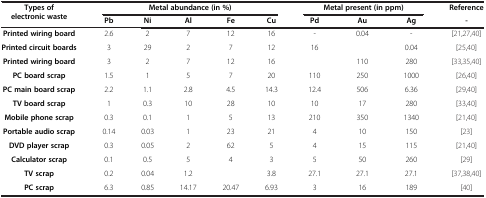
<table><thead><tr><td rowspan="2"><b>Types of electronic waste</b></td><td colspan="5"><b>Metal abundance (in %)</b></td><td colspan="3"><b>Metal present (in ppm)</b></td><td><b>Reference</b></td></tr><tr><td><b>Pb</b></td><td><b>Ni</b></td><td><b>Al</b></td><td><b>Fe</b></td><td><b>Cu</b></td><td><b>Pd</b></td><td><b>Au</b></td><td><b>Ag</b></td><td><b>-</b></td></tr></thead><tbody><tr><td><b>Printed wiring board</b></td><td>2.6</td><td>2</td><td>7</td><td>12</td><td>16</td><td>-</td><td>0.04</td><td>-</td><td>[21,27,40]</td></tr><tr><td><b>Printed circuit boards</b></td><td>3</td><td>29</td><td>2</td><td>7</td><td>12</td><td>16</td><td> </td><td>0.04</td><td>[25,40]</td></tr><tr><td><b>Printed wiring board</b></td><td>3</td><td>2</td><td>7</td><td>12</td><td>16</td><td> </td><td>110</td><td>280</td><td>[33,35,40]</td></tr><tr><td><b>PC board scrap</b></td><td>1.5</td><td>1</td><td>5</td><td>7</td><td>20</td><td>110</td><td>250</td><td>1000</td><td>[26,40]</td></tr><tr><td><b>PC main board scrap</b></td><td>2.2</td><td>1.1</td><td>2.8</td><td>4.5</td><td>14.3</td><td>12.4</td><td>506</td><td>6.36</td><td>[29,40]</td></tr><tr><td><b>TV board scrap</b></td><td>1</td><td>0.3</td><td>10</td><td>28</td><td>10</td><td>10</td><td>17</td><td>280</td><td>[33,40]</td></tr><tr><td><b>Mobile phone scrap</b></td><td>0.3</td><td>0.1</td><td>1</td><td>5</td><td>13</td><td>210</td><td>350</td><td>1340</td><td>[21,40]</td></tr><tr><td><b>Portable audio scrap</b></td><td>0.14</td><td>0.03</td><td>1</td><td>23</td><td>21</td><td>4</td><td>10</td><td>150</td><td>[23]</td></tr><tr><td><b>DVD player scrap</b></td><td>0.3</td><td>0.05</td><td>2</td><td>62</td><td>5</td><td>4</td><td>15</td><td>115</td><td>[21,40]</td></tr><tr><td><b>Calculator scrap</b></td><td>0.1</td><td>0.5</td><td>5</td><td>4</td><td>3</td><td>5</td><td>50</td><td>260</td><td>[29]</td></tr><tr><td><b>TV scrap</b></td><td>0.2</td><td>0.04</td><td>1.2</td><td> </td><td>3.8</td><td>27.1</td><td>27.1</td><td>27.1</td><td>[37,38,40]</td></tr><tr><td><b>PC scrap</b></td><td>6.3</td><td>0.85</td><td>14.17</td><td>20.47</td><td>6.93</td><td>3</td><td>16</td><td>189</td><td>[40]</td></tr></tbody></table>